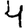
Digit: 4